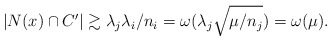
\begin{align*} |N(x)\cap C'| \gtrsim \lambda_j\lambda_i/n_i = \omega(\lambda_j\sqrt{\mu/n_j}) = \omega(\mu). \end{align*}